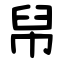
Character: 帠